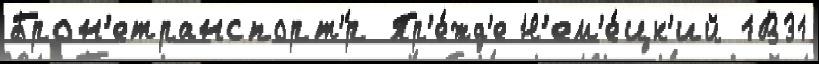
Брон'етранспорт'́р Пр'е́жд'е Н'ем'е́цк'ий 1В31